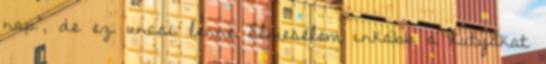
nap", de ez uncsi lenne Elmesélem inkább a kutyákat